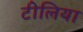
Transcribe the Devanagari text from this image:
टीलिया